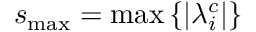
s _ { \operatorname* { m a x } } = \operatorname* { m a x } \left\lbrace \left| \lambda _ { i } ^ { c } \right| \right\rbrace